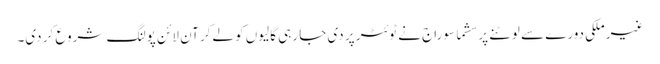
غیرملکی دورے سے لوٹنے پر سشما سوراج نے ٹوئٹر پر دی جا رہی گالیوں کو لےکر آن لائن پولنگ شروع کر دی۔